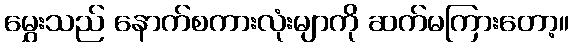
မွှေးသည် နောက်စကားလုံးမျာကို ဆက်မကြားတော့။